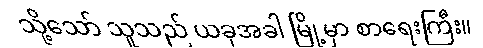
သို့သော် သူသည် ယခုအခါ မြို့မှာ စာရေးကြီး။